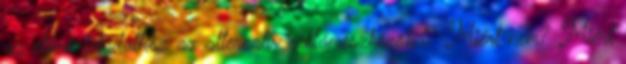
az előző feladathoz az alternatív reklámeszközöket? Miért nem? Miért